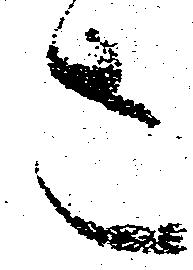
さ